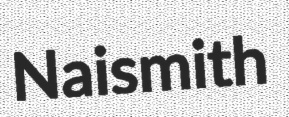
Naismith